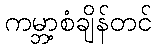
ကမ္ဘာ့စံချိန်တင်